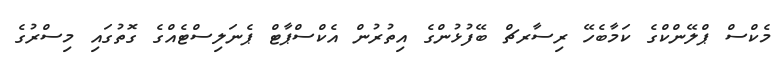
މެކްސް ޕްލޭންކްގެ ކަމާބެހޭ ރިސާރޗް ބޭފުޅުންގެ އިތުރުން އެކްސްޕާޓް ޕެނަލިސްޓެއްގެ ގޮތުގައި މިސްރުގެ